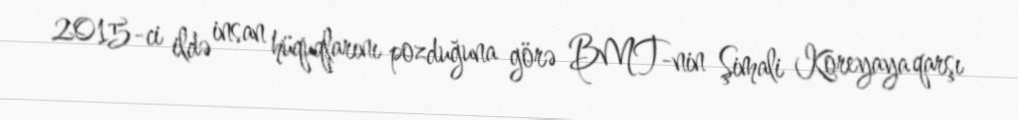
2015-ci ildə insan hüquqlarını pozduğuna görə BMT-nin Şimali Koreyaya qarşı